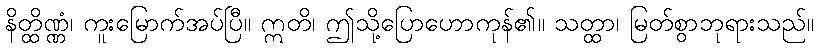
နိတ္ထိဏ္ဏံ၊ ကူးမြောက်အပ်ပြီ။ ဣတိ၊ ဤသို့ပြောဟောကုန်၏။ သတ္ထာ၊ မြတ်စွာဘုရားသည်။